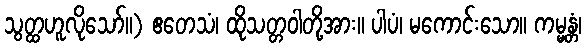
သွတ္ထဟူလိုသော်။) ဧတေသံ၊ ထိုသတ္တဝါတို့အား။ ပါပံ၊ မကောင်းသော။ ကမ္မန္တံ၊